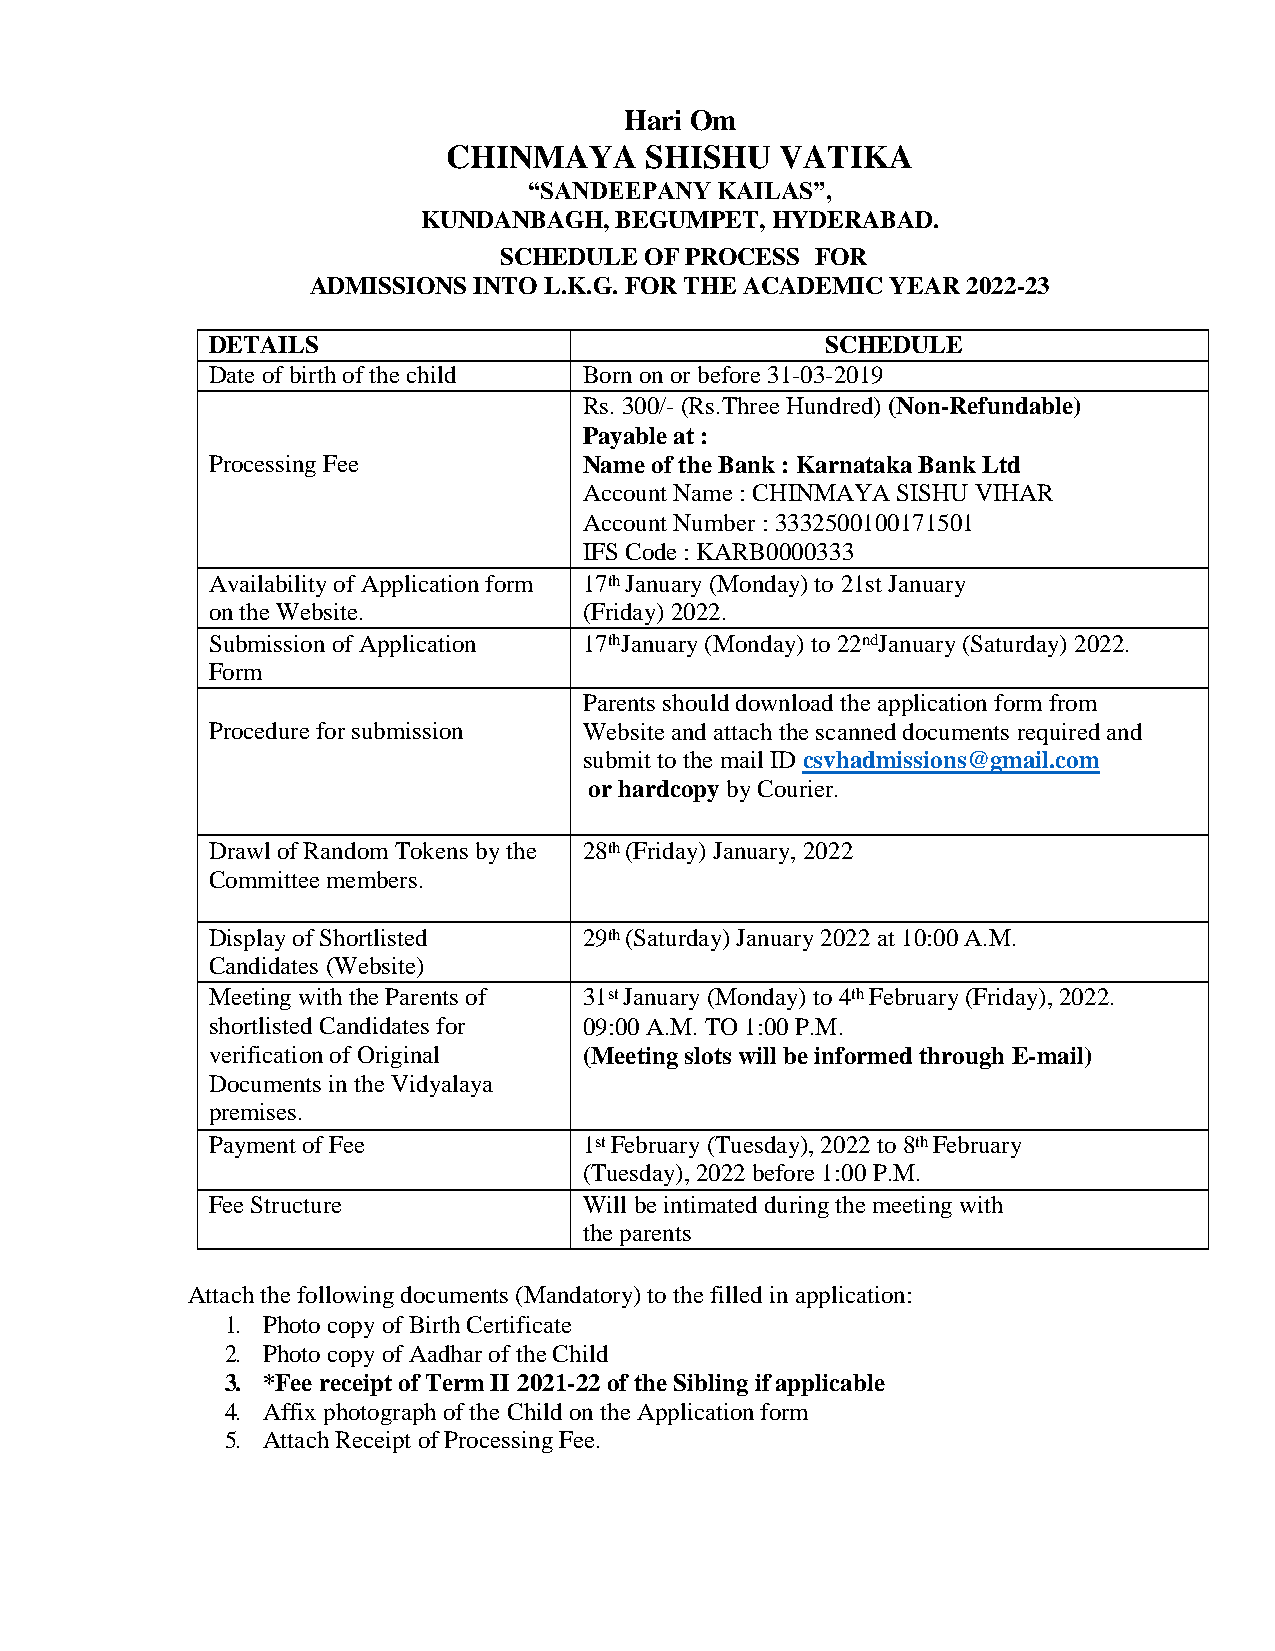
Hari Om
 CHINMAYA     SHISHU   VATIKA
 “SANDEEPANY KAILAS”,
 KUNDANBAGH,  BEGUMPET, HYDERABAD.
 SCHEDULE  OF PROCESS FOR
 ADMISSIONS INTO L.K.G. FOR THE ACADEMIC YEAR 2022-23
 DETAILS                                  SCHEDULE
 Date of birth of the child Born on or before 31-03-2019
 Rs. 300/- (Rs.Three Hundred) (Non-Refundable)
 Payable at :
 Processing Fee           Name of the Bank : Karnataka Bank Ltd
 Account Name : CHINMAYA SISHU VIHAR
 Account Number : 3332500100171501
 IFS Code : KARB0000333
 Availability of Application form 17th January (Monday) to 21st January
 on the Website.          (Friday) 2022.
 Submission of Application 17thJanuary (Monday) to 22ndJanuary (Saturday) 2022.
 Form
 Parents should download the application form from
 Procedure for submission Website and attach the scanned documents required and
 submit to the mail ID csvhadmissions@gmail.com
 or hardcopy by Courier.
 Drawl of Random Tokens by the 28th (Friday) January, 2022
 Committee members.
 Display of Shortlisted   29th (Saturday) January 2022 at 10:00 A.M.
 Candidates (Website)
 Meeting with the Parents of 31st January (Monday) to 4th February (Friday), 2022.
 shortlisted Candidates for 09:00 A.M. TO 1:00 P.M.
 verification of Original (Meeting slots will be informed through E-mail)
 Documents in the Vidyalaya
 premises.
 Payment of Fee           1st February (Tuesday), 2022 to 8th February
 (Tuesday), 2022 before 1:00 P.M.
 Fee Structure            Will be intimated during the meeting with
 the parents
 Attach the following documents (Mandatory) to the filled in application:
 1. Photo copy of Birth Certificate
 2. Photo copy of Aadhar of the Child
 3. *Fee receipt of Term II 2021-22 of the Sibling if applicable
 4. Affix photograph of the Child on the Application form
 5. Attach Receipt of Processing Fee.